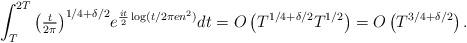
LaTeX: \begin{align*}\int_{T}^{2T} {\left(\tfrac{t}{2\pi}\right)}^{{1}/{4}+{\delta}/{2}} e^{ \frac{it}{2} \log ({t}/{2\pi en^{2})}} dt = O \left( T^{{1}/{4}+{\delta}/{2}}T^{{1}/{2}} \right) = O \left( T^{{3}/{4}+{\delta}/{2}} \right). \end{align*}